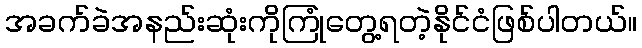
အခက်ခဲအနည်းဆုံးကိုကြုံတွေ့ရတဲ့နိုင်ငံဖြစ်ပါတယ်။